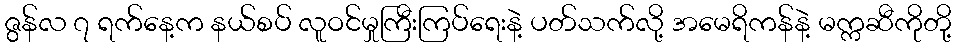
ဇွန်လ ၇ ရက်နေ့က နယ်စပ် လူဝင်မှုကြီးကြပ်ရေးနဲ့ ပတ်သက်လို့ အမေရိကန်နဲ့ မက္ကဆီကိုတို့